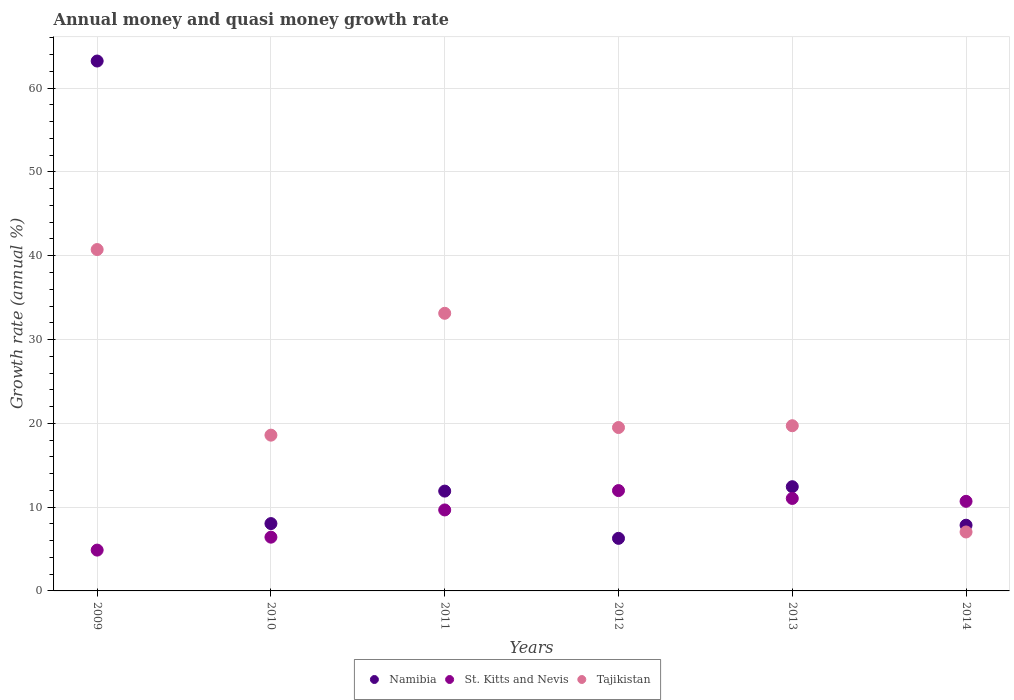
| Years | Namibia | St. Kitts and Nevis | Tajikistan |
 | --- | --- | --- | --- |
 | 2009 | 63.2 | 4.87 | 40.7 |
 | 2010 | 8.04 | 6.41 | 18.6 |
 | 2011 | 11.9 | 9.66 | 33.1 |
 | 2012 | 6.27 | 12 | 19.5 |
 | 2013 | 12.4 | 11 | 19.7 |
 | 2014 | 7.84 | 10.7 | 7.03 |